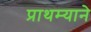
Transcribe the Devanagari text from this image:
प्राथम्याने